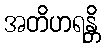
အတိဟရန္တိ